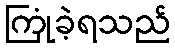
ကြုံခဲ့ရသည်